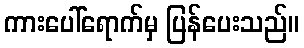
ကားပေါ်ရောက်မှ ပြန်ပေးသည်။